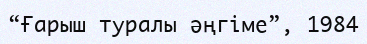
“Ғарыш туралы әңгіме”, 1984